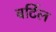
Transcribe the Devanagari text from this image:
बर्टिल